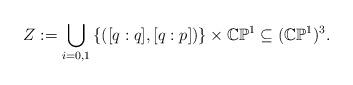
LaTeX: \begin{align*}Z := \bigcup_{i=0,1} \left\{ ([q : q] , [q : p] ) \right\} \times \mathbb{CP}^1 \subseteq (\mathbb{CP}^1)^3.\end{align*}